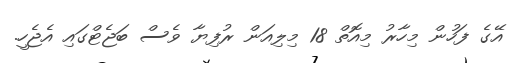
އޭގެ ފަހުން މިހާރު މިއޮތް 18 މިލިއަން ރުފިޔާ ވެސް ބަޖެޓްގައި އެޖެހީ.